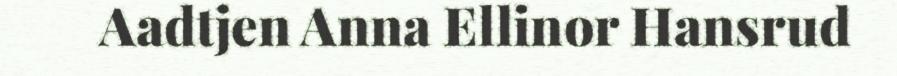
Aadtjen Anna Ellinor Hansrud